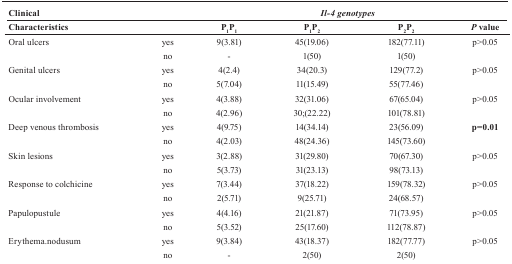
<table><thead><tr><td colspan="2"><b>Clinical</b></td><td colspan="4"><b><i>Il-4 genotypes</i></b></td></tr><tr><td colspan="2"><b>Characteristics</b></td><td><b>P<sub>1</sub>P<sub>1</sub></b></td><td><b>P<sub>1</sub>P<sub>2</sub></b></td><td><b>P<sub>2</sub>P<sub>2</sub></b></td><td><b><i>P</i> value</b></td></tr></thead><tbody><tr><td rowspan="2">Oral ulcers</td><td>yes</td><td>9(3.81)</td><td>45(19.06)</td><td>182(77.11)</td><td rowspan="2">p&gt;0.05</td></tr><tr><td>no</td><td>-</td><td>1(50)</td><td>1(50)</td></tr><tr><td rowspan="2">Genital ulcers</td><td>yes</td><td>4(2.4)</td><td>34(20.3)</td><td>129(77.2)</td><td rowspan="2">p&gt;0.05</td></tr><tr><td>no</td><td>5(7.04)</td><td>11(15.49)</td><td>55(77.46)</td></tr><tr><td rowspan="2">Ocular involvement</td><td>yes</td><td>4(3.88)</td><td>32(31.06)</td><td>67(65.04)</td><td rowspan="2">p&gt;0.05</td></tr><tr><td>no</td><td>4(2.96)</td><td>30;(22.22)</td><td>101(78.81)</td></tr><tr><td rowspan="2">Deep venous thrombosis</td><td>yes</td><td>4(9.75)</td><td>14(34.14)</td><td>23(56.09)</td><td rowspan="2"><b>p=0.01</b></td></tr><tr><td>no</td><td>4(2.03)</td><td>48(24.36)</td><td>145(73.60)</td></tr><tr><td rowspan="2">Skin lesions</td><td>yes</td><td>3(2.88)</td><td>31(29.80)</td><td>70(67.30)</td><td rowspan="2">p&gt;0.05</td></tr><tr><td>no</td><td>5(3.73)</td><td>31(23.13)</td><td>98(73.13)</td></tr><tr><td rowspan="2">Response to colchicine</td><td>yes</td><td>7(3.44)</td><td>37(18.22)</td><td>159(78.32)</td><td rowspan="2">p&gt;0.05</td></tr><tr><td>no</td><td>2(5.71)</td><td>9(25.71)</td><td>24(68.57)</td></tr><tr><td rowspan="2">Papulopustule</td><td>yes</td><td>4(4.16)</td><td>21(21.87)</td><td>71(73.95)</td><td rowspan="2">p&gt;0.05</td></tr><tr><td>no</td><td>5(3.52)</td><td>25(17.60)</td><td>112(78.87)</td></tr><tr><td rowspan="2">Erythema.nodusum</td><td>yes</td><td>9(3.84)</td><td>43(18.37)</td><td>182(77.77)</td><td rowspan="2">p&gt;0.05</td></tr><tr><td>no</td><td>-</td><td>2(50)</td><td>2(50)</td></tr></tbody></table>